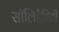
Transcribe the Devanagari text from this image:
सॉलिडैरिटी